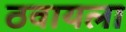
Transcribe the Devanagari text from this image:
ठवायला